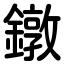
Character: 鐓